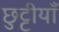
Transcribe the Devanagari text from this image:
छुट्टीयाँ